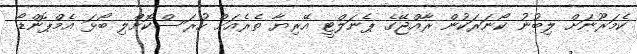
ކެމަރޫނަށް ލިބުނު ކޯނަރަކުން ރާއްޖޭގެ ޕެނަލްޓީ އޭރިޔާ ތެރެއަށް ހުރަސްކޮށްލި ބޯޅަ އެމްޕޮންޑޯ